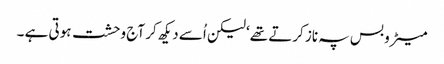
میٹرو بس پہ ناز کرتے تھے‘ لیکن اُسے دیکھ کر آج وحشت ہوتی ہے ۔